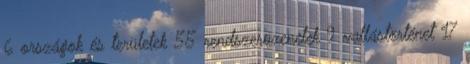
6 országok és területek 55 rendszerüzenetek 9 vallástörténet 17